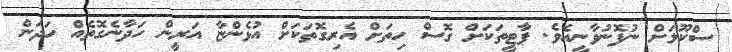
ސްކޫލަށް ނުފޮނުވާނީއެވެ. ޕާޓީތަކަށް ގޮސް ހިތަށް އެރިގޮތަކަށް އުޅެންޏާ އަރީން ހަދާނެގޮތެއް ހަދަން